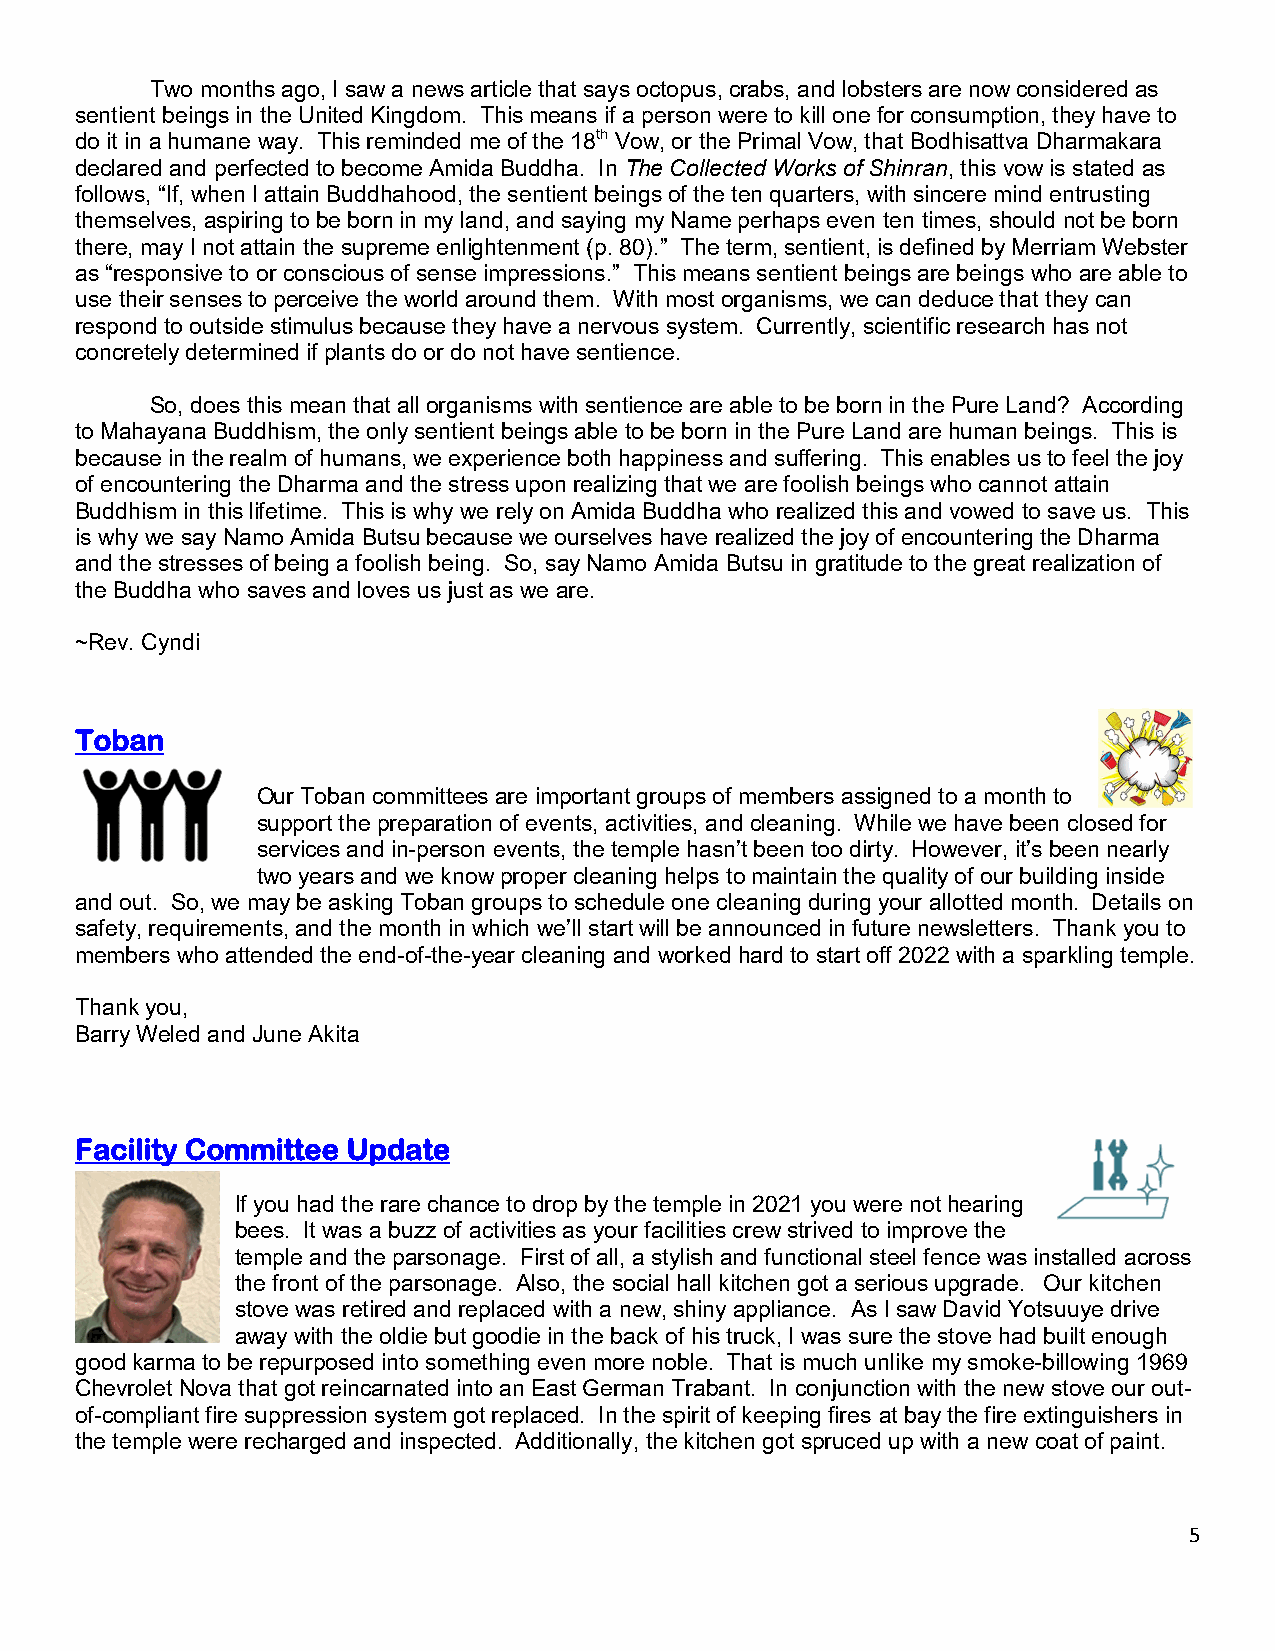
Two months ago, I saw a news article that says octopus, crabs, and lobsters are now considered as
 sentient beings in the United Kingdom. This means if a person were to kill one for consumption, they have to
 do it in a humane way. This reminded me of the 18th Vow, or the Primal Vow, that Bodhisattva Dharmakara
 declared and perfected to become Amida Buddha. In The Collected Works of Shinran, this vow is stated as
 follows, “If, when I attain Buddhahood, the sentient beings of the ten quarters, with sincere mind entrusting
 themselves, aspiring to be born in my land, and saying my Name perhaps even ten times, should not be born
 there, may I not attain the supreme enlightenment (p. 80).” The term, sentient, is defined by Merriam Webster
 as “responsive to or conscious of sense impressions.” This means sentient beings are beings who are able to
 use their senses to perceive the world around them. With most organisms, we can deduce that they can
 respond to outside stimulus because they have a nervous system. Currently, scientific research has not
 concretely determined if plants do or do not have sentience.
 So, does this mean that all organisms with sentience are able to be born in the Pure Land? According
 to Mahayana Buddhism, the only sentient beings able to be born in the Pure Land are human beings. This is
 because in the realm of humans, we experience both happiness and suffering. This enables us to feel the joy
 of encountering the Dharma and the stress upon realizing that we are foolish beings who cannot attain
 Buddhism in this lifetime. This is why we rely on Amida Buddha who realized this and vowed to save us. This
 is why we say Namo Amida Butsu because we ourselves have realized the joy of encountering the Dharma
 and the stresses of being a foolish being. So, say Namo Amida Butsu in gratitude to the great realization of
 the Buddha who saves and loves us just as we are.
 ~Rev. Cyndi
 Toban
 Our Toban committees are important groups of members assigned to a month to
 support the preparation of events, activities, and cleaning. While we have been closed for
 services and in-person events, the temple hasn’t been too dirty. However, it’s been nearly
 two years and we know proper cleaning helps to maintain the quality of our building inside
 and out. So, we may be asking Toban groups to schedule one cleaning during your allotted month. Details on
 safety, requirements, and the month in which we’ll start will be announced in future newsletters. Thank you to
 members who attended the end-of-the-year cleaning and worked hard to start off 2022 with a sparkling temple.
 Thank you,
 Barry Weled and June Akita
 Facility Committee Update
 If you had the rare chance to drop by the temple in 2021 you were not hearing
 bees. It was a buzz of activities as your facilities crew strived to improve the
 temple and the parsonage. First of all, a stylish and functional steel fence was installed across
 the front of the parsonage. Also, the social hall kitchen got a serious upgrade. Our kitchen
 stove was retired and replaced with a new, shiny appliance. As I saw David Yotsuuye drive
 away with the oldie but goodie in the back of his truck, I was sure the stove had built enough
 good karma to be repurposed into something even more noble. That is much unlike my smoke-billowing 1969
 Chevrolet Nova that got reincarnated into an East German Trabant. In conjunction with the new stove our out-
 of-compliant fire suppression system got replaced. In the spirit of keeping fires at bay the fire extinguishers in
 the temple were recharged and inspected. Additionally, the kitchen got spruced up with a new coat of paint.
 5